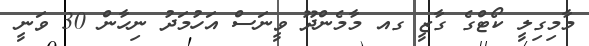
މާމިގިލީ ކޯޓްގެ ގާޒީ ގއ މާމެންދޫ ވީނަސް އަހުމަދު ނިހާން 30 ވަނީ